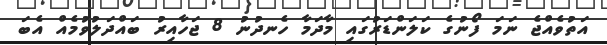
އަތުވެއްޖެ ނަމަ ފޯނުގެ ކަލަންޑަރުގައި މާދަމާ ހެނދުނު 8 ޖަހާއިރު ބައްދަލުވުމެއް އެބަ